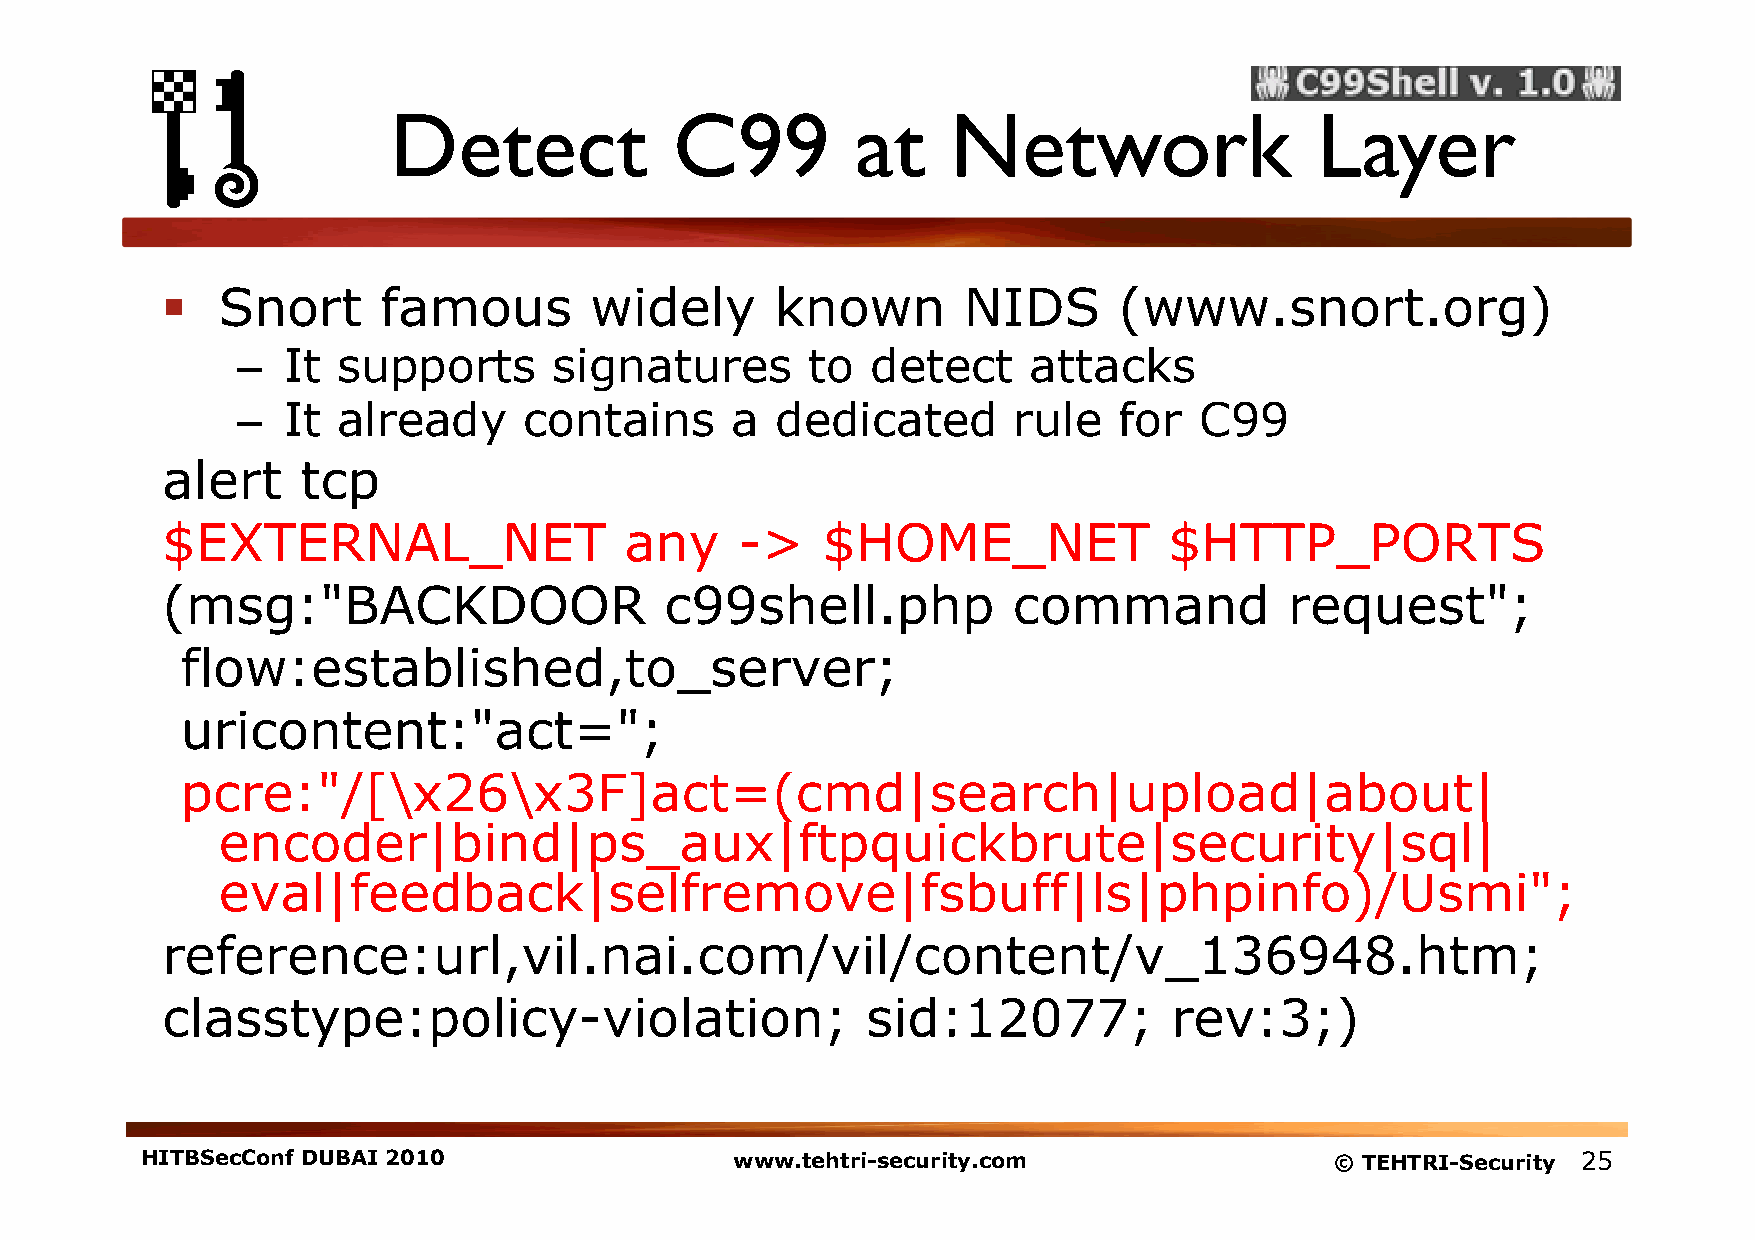
Detect             C99         at    Network                 Layer
   Snort      famous        widely      known        NIDS      (www.snort.org)
 –  It supports       signatures       to  detect    attacks
 –  It already      contains     a  dedicated       rule   for  C99
 alert    tcp
 $EXTERNAL_NET                 any     ->   $HOME_NET              $HTTP_PORTS
 (msg:"BACKDOOR                   c99shell.php           command           request";
 flow:established,to_server;
 uricontent:"act=";
 pcre:"/[\x26\x3F]act=(cmd|search|upload|about|
 encoder|bind|ps_aux|ftpquickbrute|security|sql|
 eval|feedback|selfremove|fsbuff|ls|phpinfo)/Usmi";
 reference:url,vil.nai.com/vil/content/v_136948.htm;
 classtype:policy-violation;                   sid:12077;           rev:3;)
 HITBSecConf DUBAI 2010                  www.tehtri-security.com                © TEHTRI-Security 25